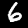
Label: 6